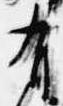
有